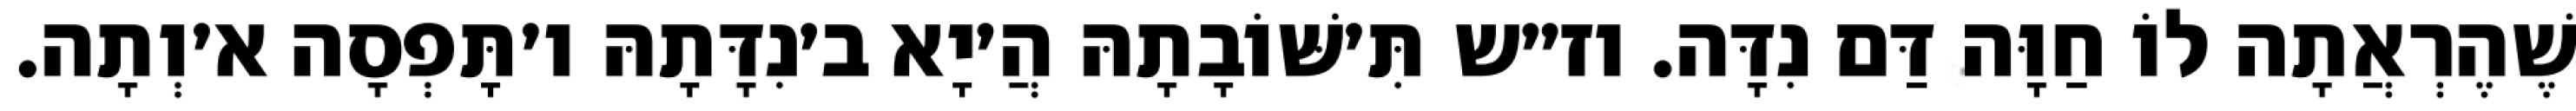
שֶׁהֶרְאֲתָה לוֹ חַוָּה דַּם נִדָּה. וז״ש תִּ׳שּׁוֹבָתָהּ הֲ׳יָא ב׳נִדָּתָהּ ו׳תָּפְסָה א׳וְתָה.